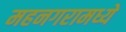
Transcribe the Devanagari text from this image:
महनगरामध्ये